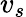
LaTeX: v_{s}